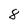
Character: 8